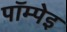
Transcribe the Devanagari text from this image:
पॉम्पेइ